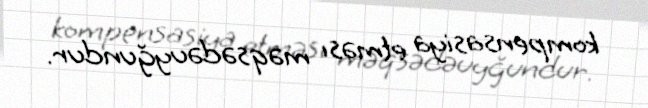
kompensasiya etməsı məqsədəuyğundur.